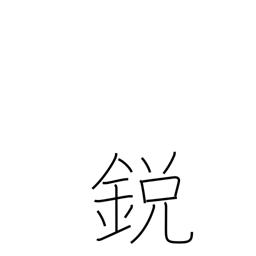
Meaning: pointed